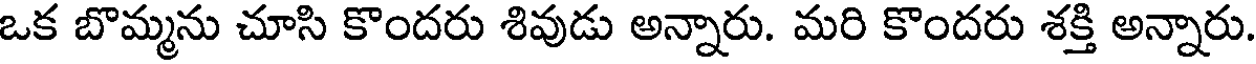
ఒక బొమ్మను చూసి కొందరు శివుడు అన్నారు. మరి కొందరు శక్తి అన్నారు.